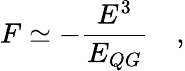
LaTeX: F\simeq-{\frac{E^{3}}{E_{QG}}}\quad,